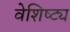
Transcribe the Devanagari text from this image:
वेशिष्ट्य